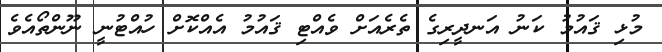
މުޅި ޤައުމު ކަނު އަނދީރިގެ ތެރެއަށް ވެއްޓި ޤައުމު އެއްކޮށް ހުއްޓުނީ ނޫންތޯއެވެ